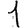
Digit: 1